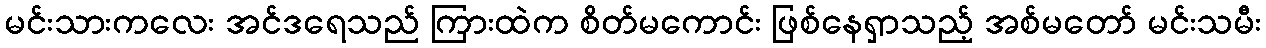
မင်းသားကလေး အင်ဒရေသည် ကြားထဲက စိတ်မကောင်း ဖြစ်နေရှာသည့် အစ်မတော် မင်းသမီး